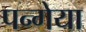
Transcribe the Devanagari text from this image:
पन्गेया